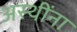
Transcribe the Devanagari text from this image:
अस्थींना